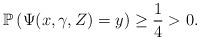
LaTeX: \begin{align*}\mathbb{P}\left(\Psi(x,\gamma,Z)=y\right) \geq \frac{1}{4} > 0.\end{align*}